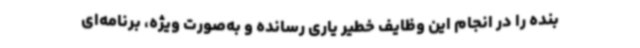
بنده را در انجام این وظایف خطیر یاری رسانده و به‌صورت ویژه، برنامه‌ای